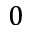
0